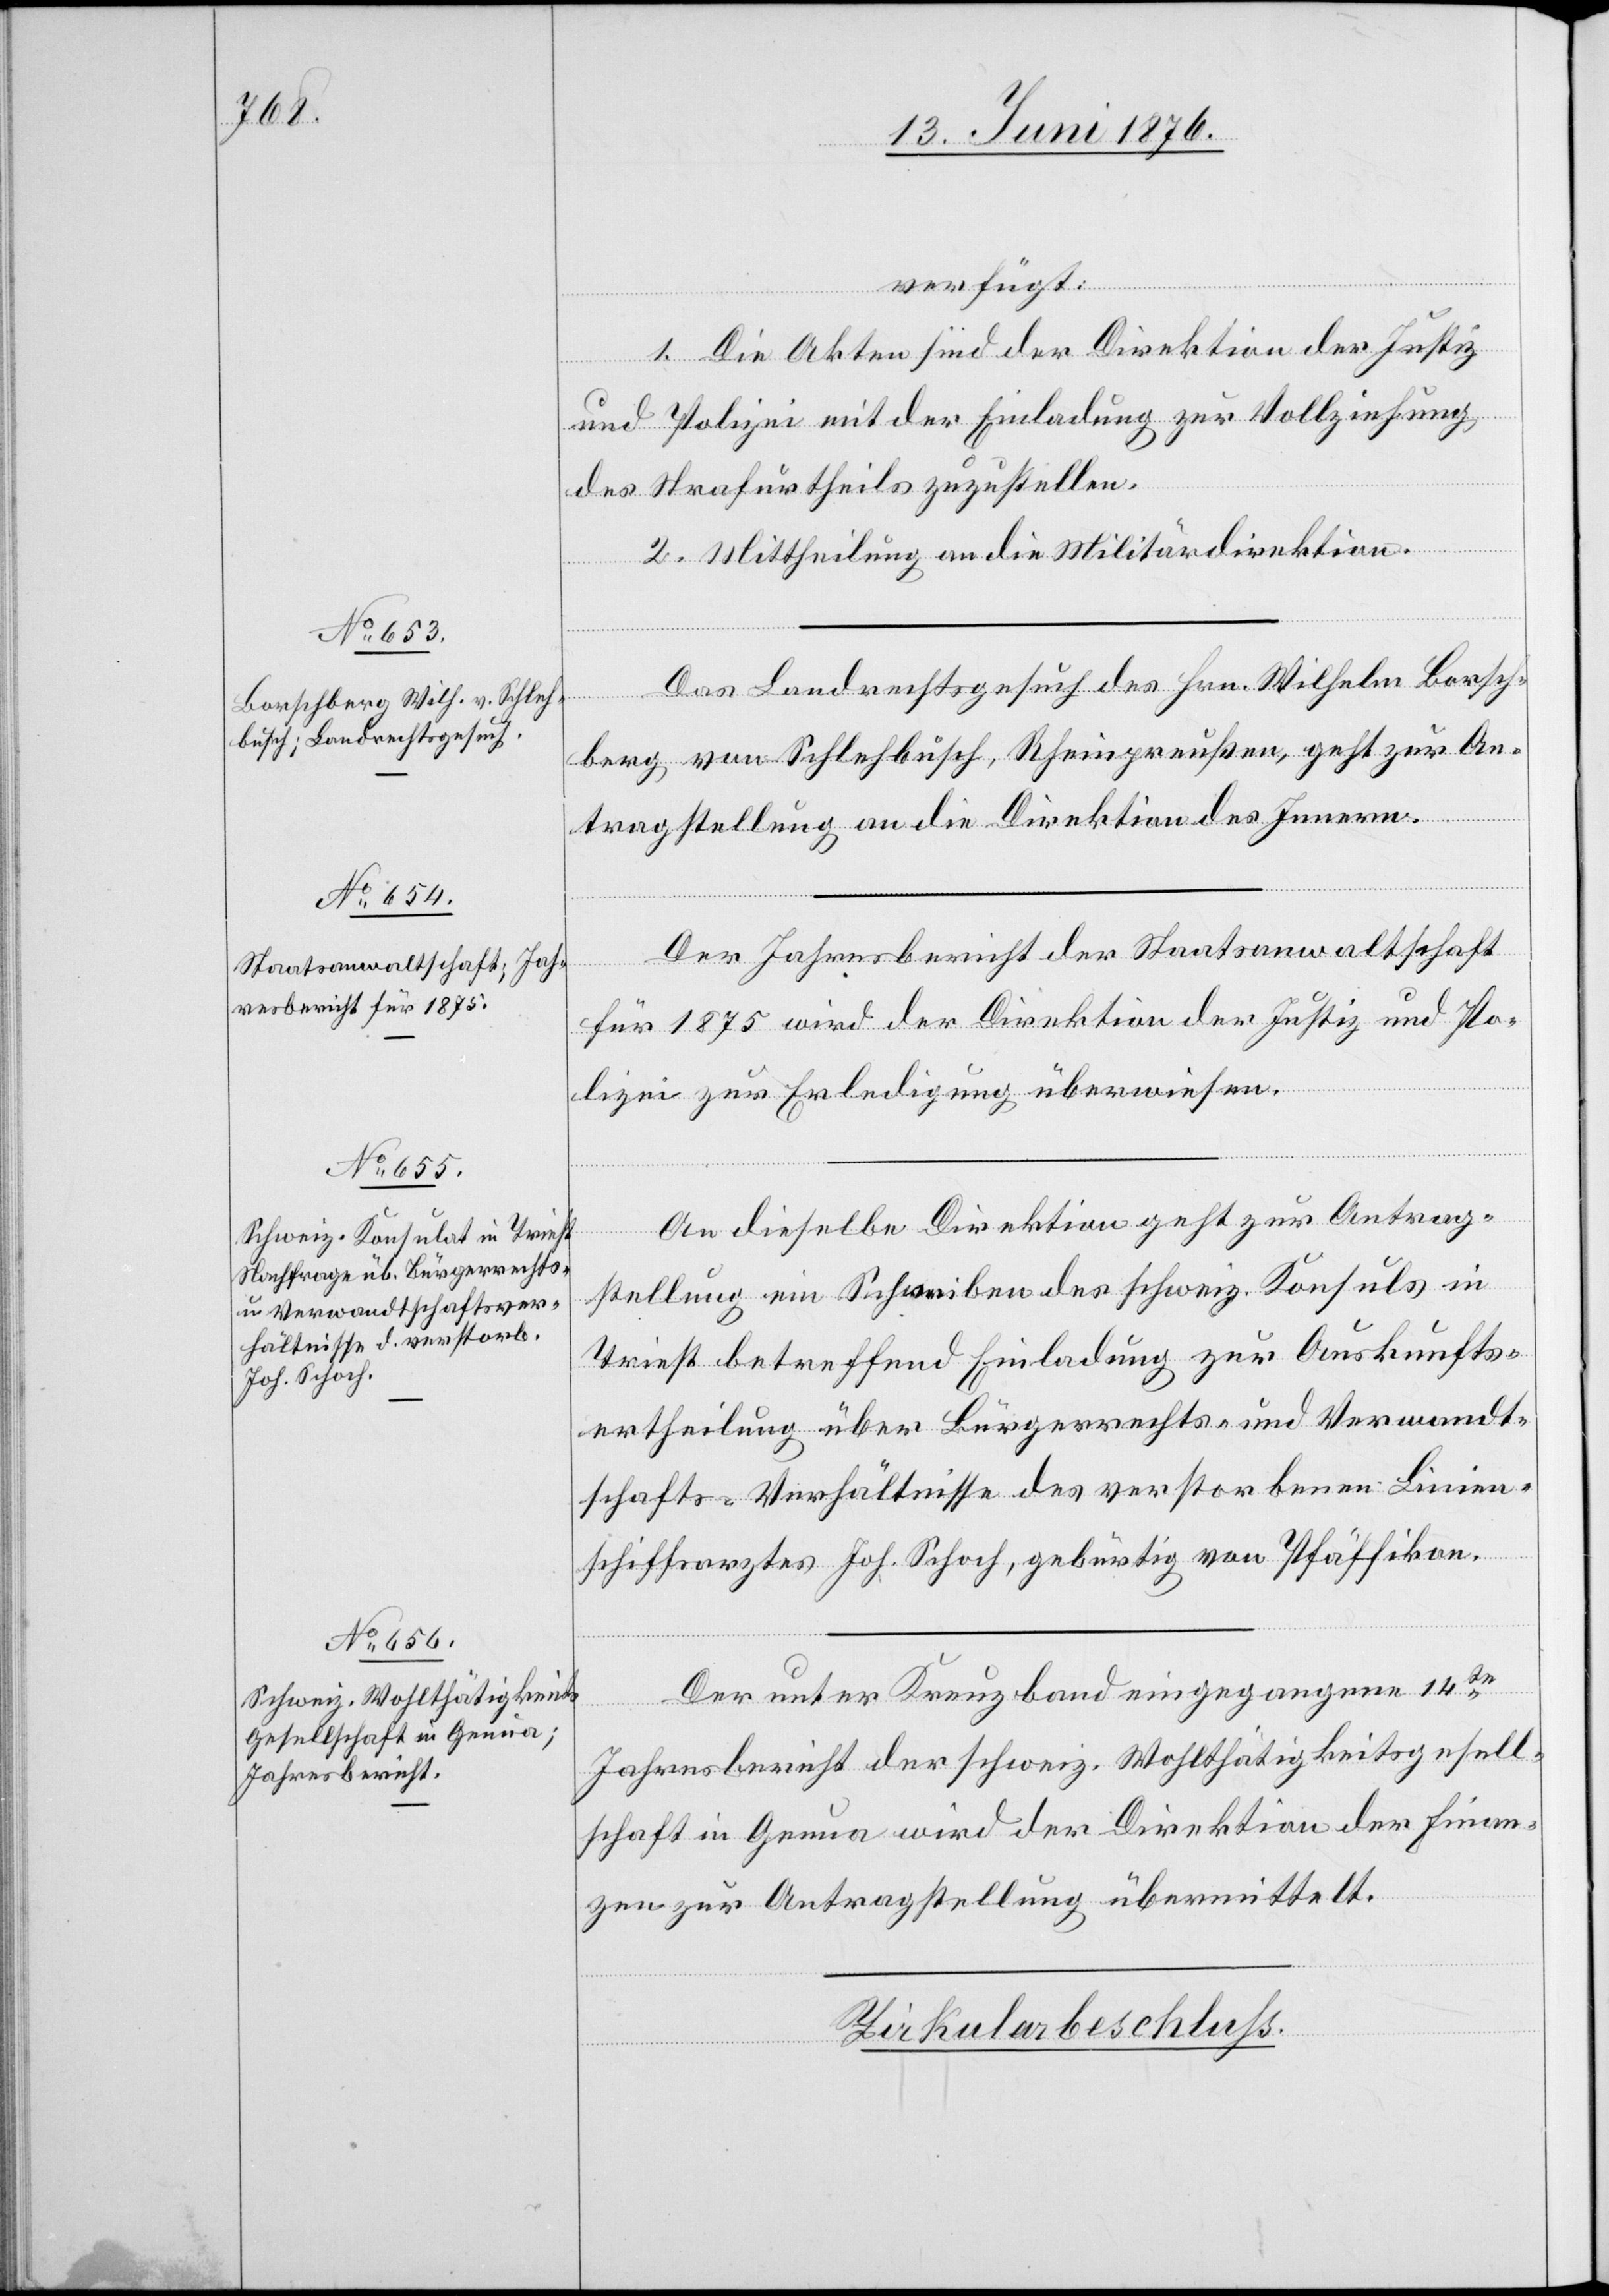
13. Juni 1876.]
verfügt:
1. Die Akten sind der Direktion der Justiz
und Polizei mit der Einladung zur Vollziehung
des Strafurtheils zuzustellen.
2. Mittheilung an die Militärdirektion.
Das Landrechtsgesuch des Hrn. Wilhelm Borsch¬
berg von Schlehbusch, Rheinpreußen, geht zur An¬
tragstellung an die Direktion des Innern.
Der Jahresbericht der Staatsanwaltschaft
für 1875 wird der Direktion der Justiz und Po¬
lizei zur Erledigung überwiesen.
An dieselbe Direktion geht zur Antrag¬
stellung ein Schreiben des schweiz. Konsuls in
Triest betreffend Einladung zur Auskunfts¬
ertheilung über Bürgerrechts- und Verwandt¬
schafts-Verhältnisse des verstorbenen Linien¬
schiffsarztes Joh. Schoch, gebürtig von Pfäffikon.
Der unter Kreuzband eingegangene 14te
Jahresbericht der schweiz. Wohlthätigkeitsgesell¬
schaft in Genua wird der Direktion der Finan¬
zen zur Antragstellung übermittelt.
Zirkularbeschluß.